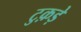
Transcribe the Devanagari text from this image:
टुक़ड़े